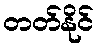
တတ်နိုင်